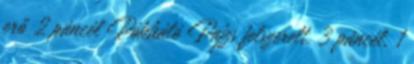
erő 2 páncél Pókháló Pajzs felszerelt, 3 páncél, 1